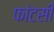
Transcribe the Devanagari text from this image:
फांटसी